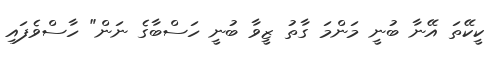
ކީކޭތަ އޭނާ ބުނީ މަންމަ ގާތު ޒީވާ ބުނީ ހަސްބާގެ ނަން" ހާސްވެފައި